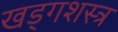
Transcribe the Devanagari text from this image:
खड्गशस्त्र